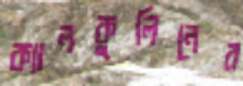
ক্যালকুলিনের